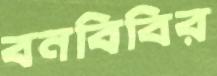
বনবিবির